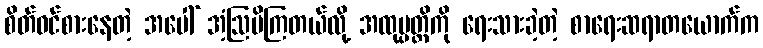
စိတ်ဝင်စားနေတဲ့ အပေါ် အံ့ဩမိကြတယ်လို့ အထုပ္ပတ္တိကို ရေးသားခဲ့တဲ့ စာရေးဆရာတယောက်က